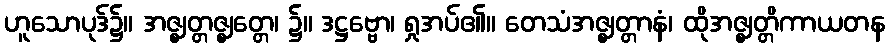
ဟူသောပုဒ်၌။ အဇ္ဈတ္တဇ္ဈတ္တေ၊ ၌။ ဒဋ္ဌဗ္ဗော၊ ရှုအပ်၏။ တေသံအဇ္ဈတ္တာနံ၊ ထိုအဇ္ဈတ္တိကာယတန